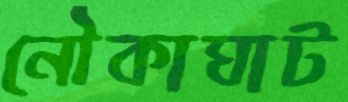
নৌকাঘাট